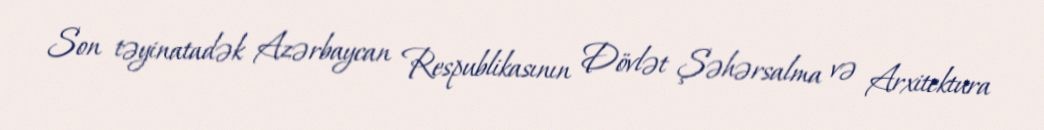
Son təyinatadək Azərbaycan Respublikasının Dövlət Şəhərsalma və Arxitektura